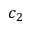
c _ { 2 }